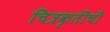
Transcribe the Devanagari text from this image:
चित्रकृतींची